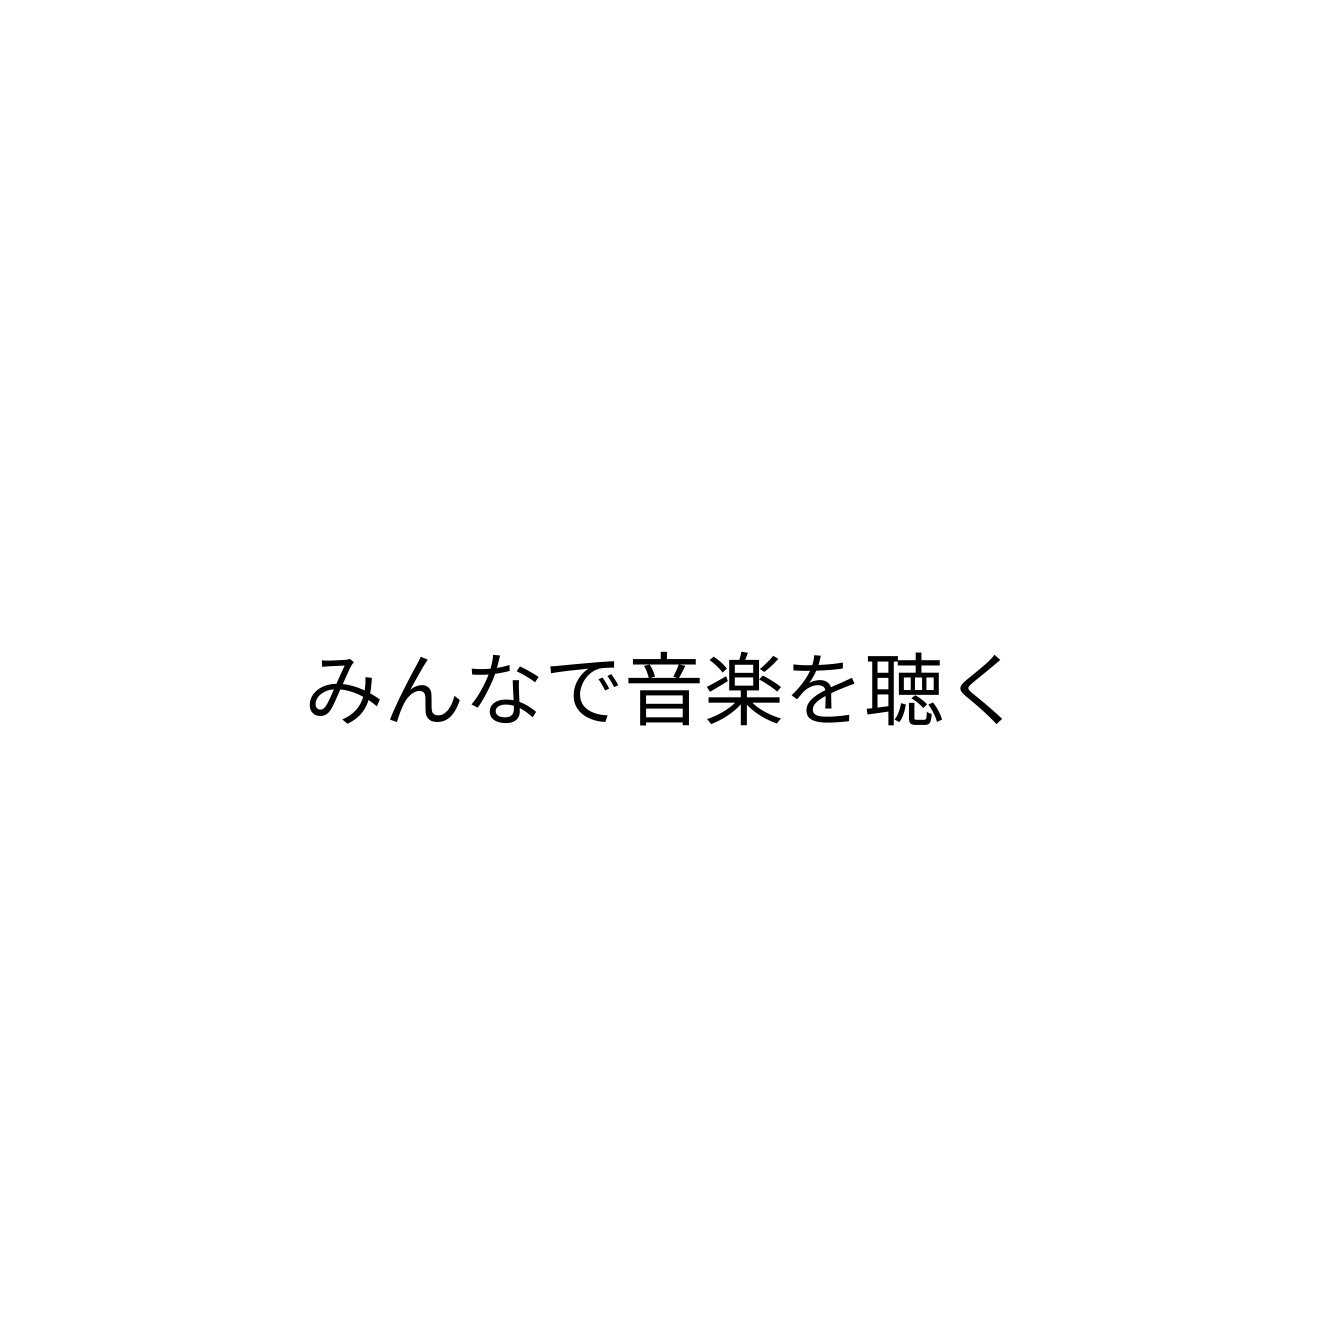
みんなで音楽を聴く